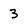
Character: 3